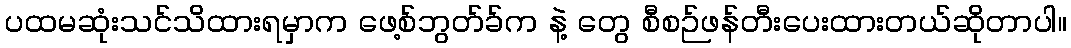
ပထမဆုံးသင်သိထားရမှာက ဖေ့စ်ဘွတ်ခ်က နဲ့ တွေ စီစဉ်ဖန်တီးပေးထားတယ်ဆိုတာပါ။